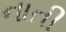
નાતી